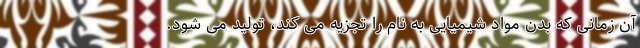
آن زمانی که بدن مواد شیمیایی به نام را تجزیه می کند، تولید می شود.